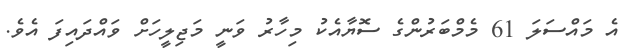
އެ މައްސަލަ 61 މެމްބަރުންގެ ސޮޔާއެކު މިހާރު ވަނީ މަޖިލީހަށް ވައްދައިފަ އެވެ.